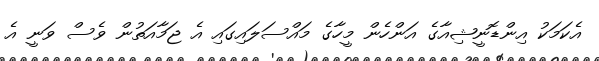
އެކަމަކު އިންޑޮނީޝިއާގެ އަންހެން މީހާގެ މައްސަލައިގައި އެ ޖަމާއަތުން ވެސް ވަނީ އެ